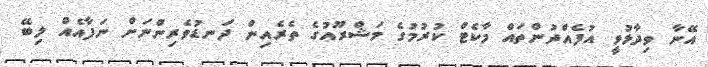
އޭނާ ވިދާޅުވީ އުފެއްދުންތައް މާކެޓް ކުރުމުގެ މަޝްރޫއުގެ ތެރެއިން ދަނޑުވެރިންނަށް ނަފާއެއް ލިބޭ